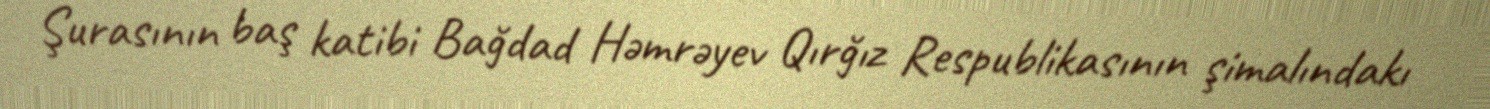
Şurasının baş katibi Bağdad Həmrəyev Qırğız Respublikasının şimalındakı